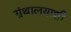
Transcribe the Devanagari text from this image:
ग्रंथालयाशी